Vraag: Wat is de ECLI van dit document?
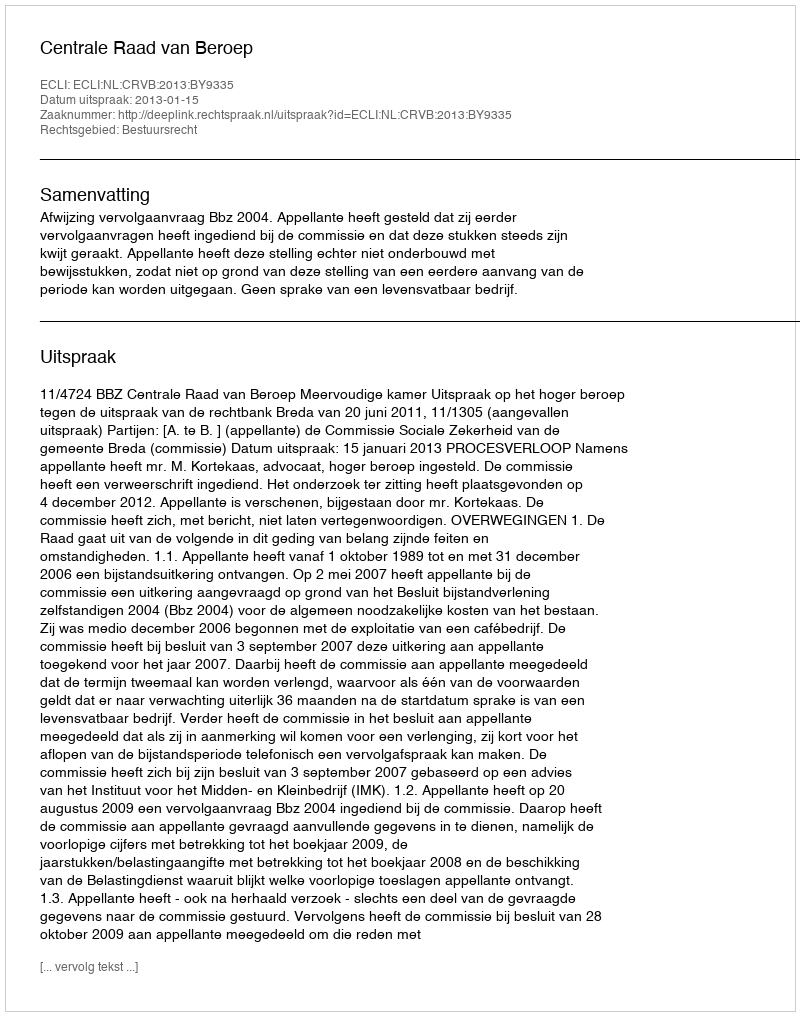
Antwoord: ECLI:NL:CRVB:2013:BY9335